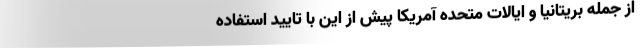
از جمله بریتانیا و ایالات متحده آمریکا پیش از این با تایید استفاده